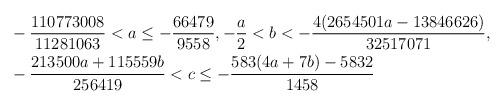
LaTeX: \begin{align*} &-\frac{110773008}{11281063}<a\leq -\frac{66479}{9558}, -\frac{a}{2}<b<-\frac{4(2654501a-13846626)}{32517071}, \\ &-\frac{213500a+115559b}{256419}<c\leq -\frac{583(4a+7b)-5832}{1458} \end{align*}